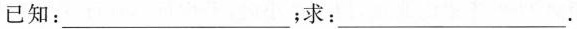
已知：。__；求：_______.